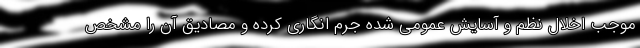
موجب اخلال نظم و آسایش عمومی شده جرم انگاری کرده و مصادیق آن را مشخص